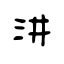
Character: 汫